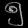
Digit: ၅